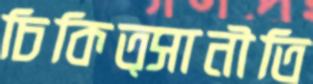
চিকিত্সানীতি